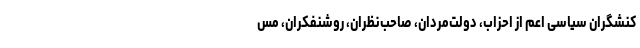
کنشگران سیاسی اعم از احزاب، دولت‌مردان، صاحب‌نظران، روشنفکران، مس